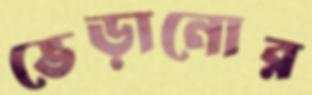
ভেড়ানোর